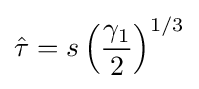
{\hat {\tau }}=s\left({\frac {\gamma _{1}}{2}}\right)^{1/3}